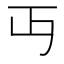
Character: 丏